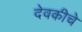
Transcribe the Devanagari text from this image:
देवकीचे